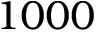
1 0 0 0